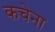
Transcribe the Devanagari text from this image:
कचेना